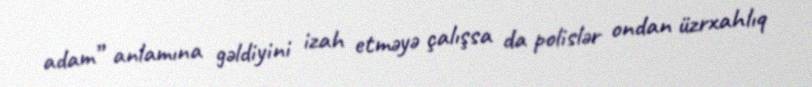
adam” anlamına gəldiyini izah etməyə çalışsa da polislər ondan üzrxahlıq